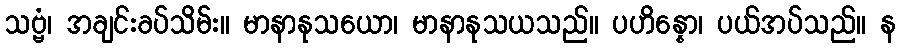
သဗ္ဗံ၊ အချင်းခပ်သိမ်း။ မာနာနုသယော၊ မာနာနုသယသည်။ ပဟိန္နော၊ ပယ်အပ်သည်။ န